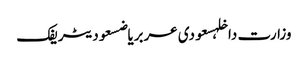
وزارت داخلہسعودی عربریاضسعودیٹریفک